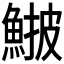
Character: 𩸉